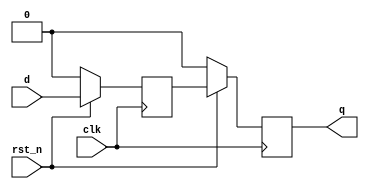
/**********************************************
______________                ______________
______________ \  /\  /|\  /| ______________
______________  \/  \/ | \/ | ______________
descript:
author : Young
Version: 
creaded: 2015/5/8 17:05:00
madified:
***********************************************/
`timescale 1ns/1ps
module cross_clk_sync #(
	parameter	LAT		= 2,
	parameter	DSIZE	= 1
)(
	input					clk,
	input					rst_n,
	input [DSIZE-1:0]		d,
	output[DSIZE-1:0]		q
);

reg	[DSIZE-1:0]		ltc		[LAT-1:0];

always@(posedge clk/*,negedge rst_n*/)begin:GEN_LAT
integer II;
	if(~rst_n)begin
		for(II=0;II<LAT;II=II+1)
			ltc[II]		<= {DSIZE{1'b0}};
	end else begin
		ltc[0]	<= d;
		for(II=1;II<LAT;II=II+1)
			ltc[II]		<= ltc[II-1];
end end

assign	q	= ltc[LAT-1];

endmodule